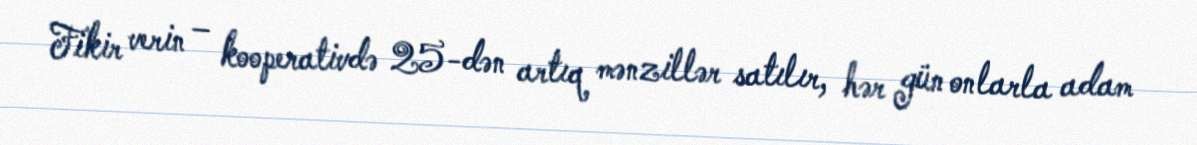
Fikir verin – kooperativdə 25-dən artıq mənzillər satılır, hər gün onlarla adam